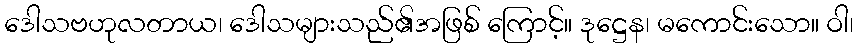
ဒေါသဗဟုလတာယ၊ ဒေါသများသည်၏အဖြစ် ကြောင့်။ ဒုဋ္ဌေန၊ မကောင်းသော။ ဝါ၊